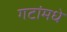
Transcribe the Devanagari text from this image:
गटांमधे